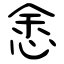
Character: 悆